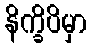
နိက္ခိပိမှာ